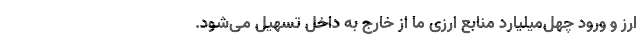
ارز و ورود چهل‌میلیارد منابع ارزی ما از خارج به داخل تسهیل می‌شود.